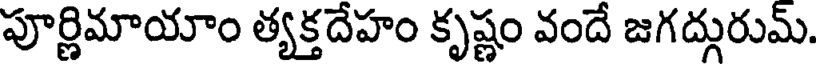
పూర్ణిమాయాం త్యక్తదేహం కృష్ణం వందే జగద్గురుమ్.